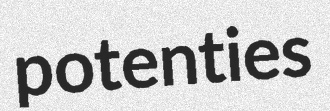
potenties